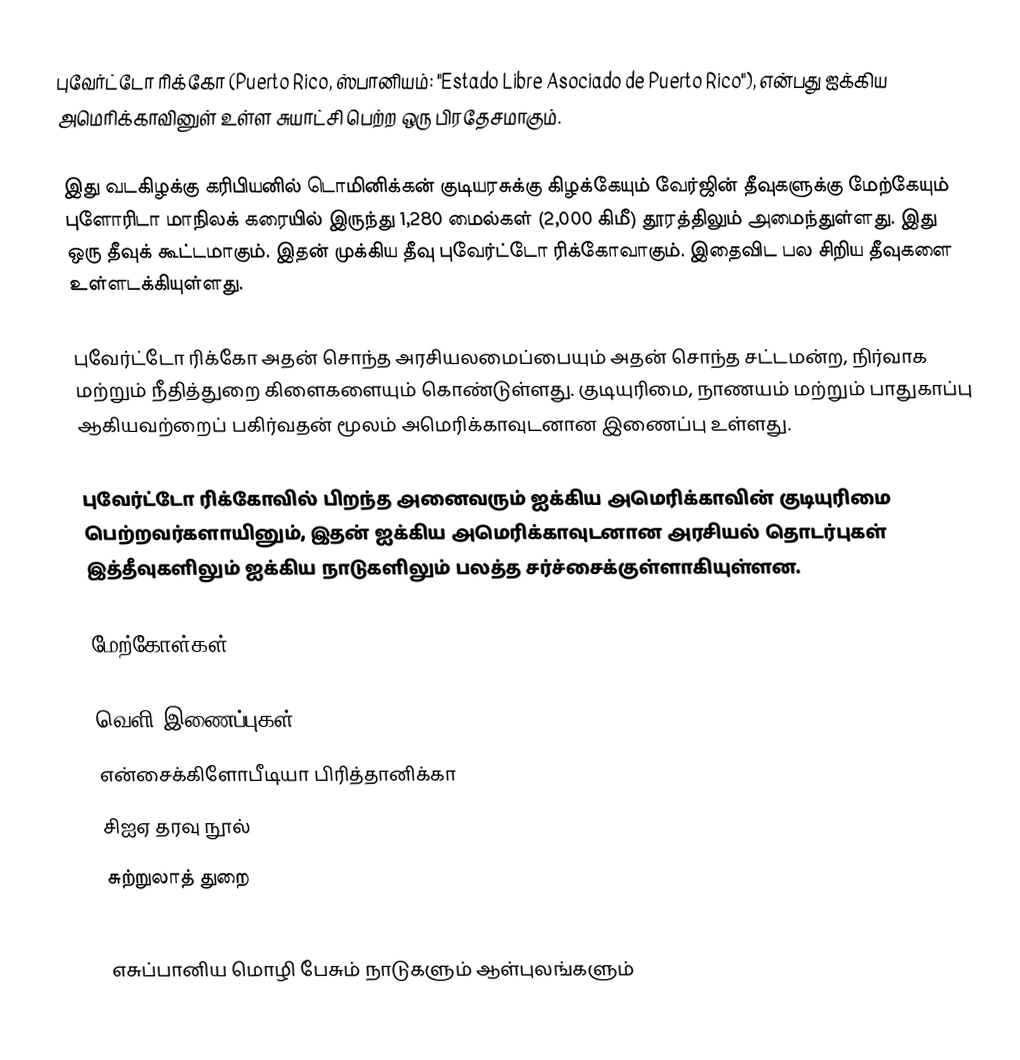
புவேர்ட்டோ ரிக்கோ (Puerto Rico, ஸ்பானியம்: "Estado Libre Asociado de Puerto Rico"), என்பது ஐக்கிய அமெரிக்காவினுள் உள்ள சுயாட்சி பெற்ற ஒரு பிரதேசமாகும்.

இது வடகிழக்கு கரிபியனில் டொமினிக்கன் குடியரசுக்கு கிழக்கேயும் வேர்ஜின் தீவுகளுக்கு மேற்கேயும் புளோரிடா மாநிலக் கரையில் இருந்து 1,280 மைல்கள் (2,000 கிமீ) தூரத்திலும் அமைந்துள்ளது. இது ஒரு தீவுக் கூட்டமாகும். இதன் முக்கிய தீவு புவேர்ட்டோ ரிக்கோவாகும். இதைவிட பல சிறிய தீவுகளை உள்ளடக்கியுள்ளது.

புவேர்ட்டோ ரிக்கோ அதன் சொந்த அரசியலமைப்பையும் அதன் சொந்த சட்டமன்ற, நிர்வாக மற்றும் நீதித்துறை கிளைகளையும் கொண்டுள்ளது. குடியுரிமை, நாணயம் மற்றும் பாதுகாப்பு ஆகியவற்றைப் பகிர்வதன் மூலம் அமெரிக்காவுடனான இணைப்பு உள்ளது.

புவேர்ட்டோ ரிக்கோவில் பிறந்த அனைவரும் ஐக்கிய அமெரிக்காவின் குடியுரிமை பெற்றவர்களாயினும், இதன் ஐக்கிய அமெரிக்காவுடனான அரசியல் தொடர்புகள் இத்தீவுகளிலும் ஐக்கிய நாடுகளிலும் பலத்த சர்ச்சைக்குள்ளாகியுள்ளன.

மேற்கோள்கள்

வெளி இணைப்புகள்
 என்சைக்கிளோபீடியா பிரித்தானிக்கா
 சிஐஏ தரவு நூல்
 சுற்றுலாத் துறை

எசுப்பானிய மொழி பேசும் நாடுகளும் ஆள்புலங்களும்